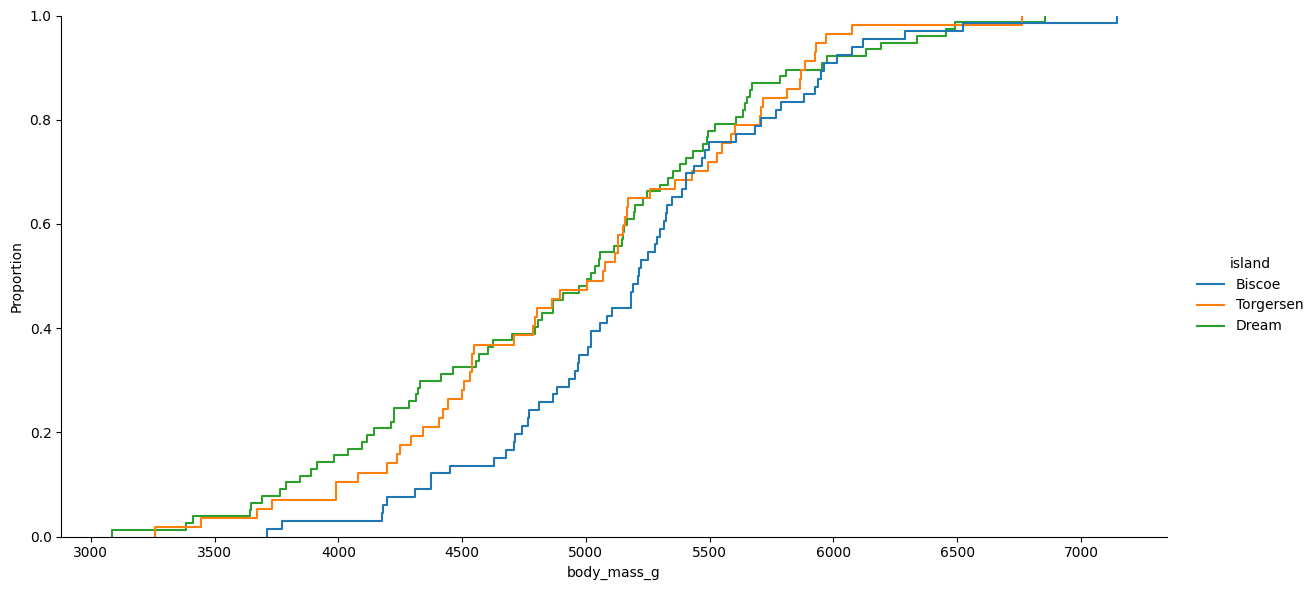
python, seaborn, displot, kind='ecdf', column='body_mass_g', hue='island', height=6, aspect=2.0